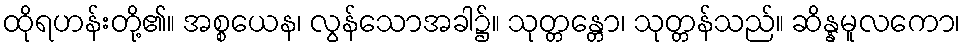
ထိုရဟန်းတို့၏။ အစ္စယေန၊ လွန်သောအခါ၌။ သုတ္တန္တော၊ သုတ္တန်သည်။ ဆိန္နမူလကော၊